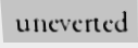
uneverted